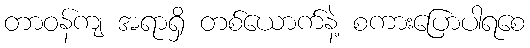
တာဝန်ကျ အရာရှိ တစ်ယောက်နဲ့ စကားပြောပါရစေ